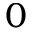
0